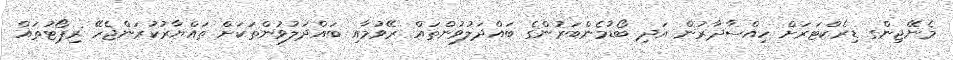
މެނޭޖިންގ ޑިރެކްޓަރަށް ހިއްސާދާރުން އަދި ބޯޑުމެންބަރުންގެ ބައްދަލުވުންތައް ރޭވުމާއި ބައްދަލުވުންތަކަށް ތައްޔާރުކުރަންޖެހޭ ރިޕޯޓުތައް